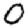
Digit: 0